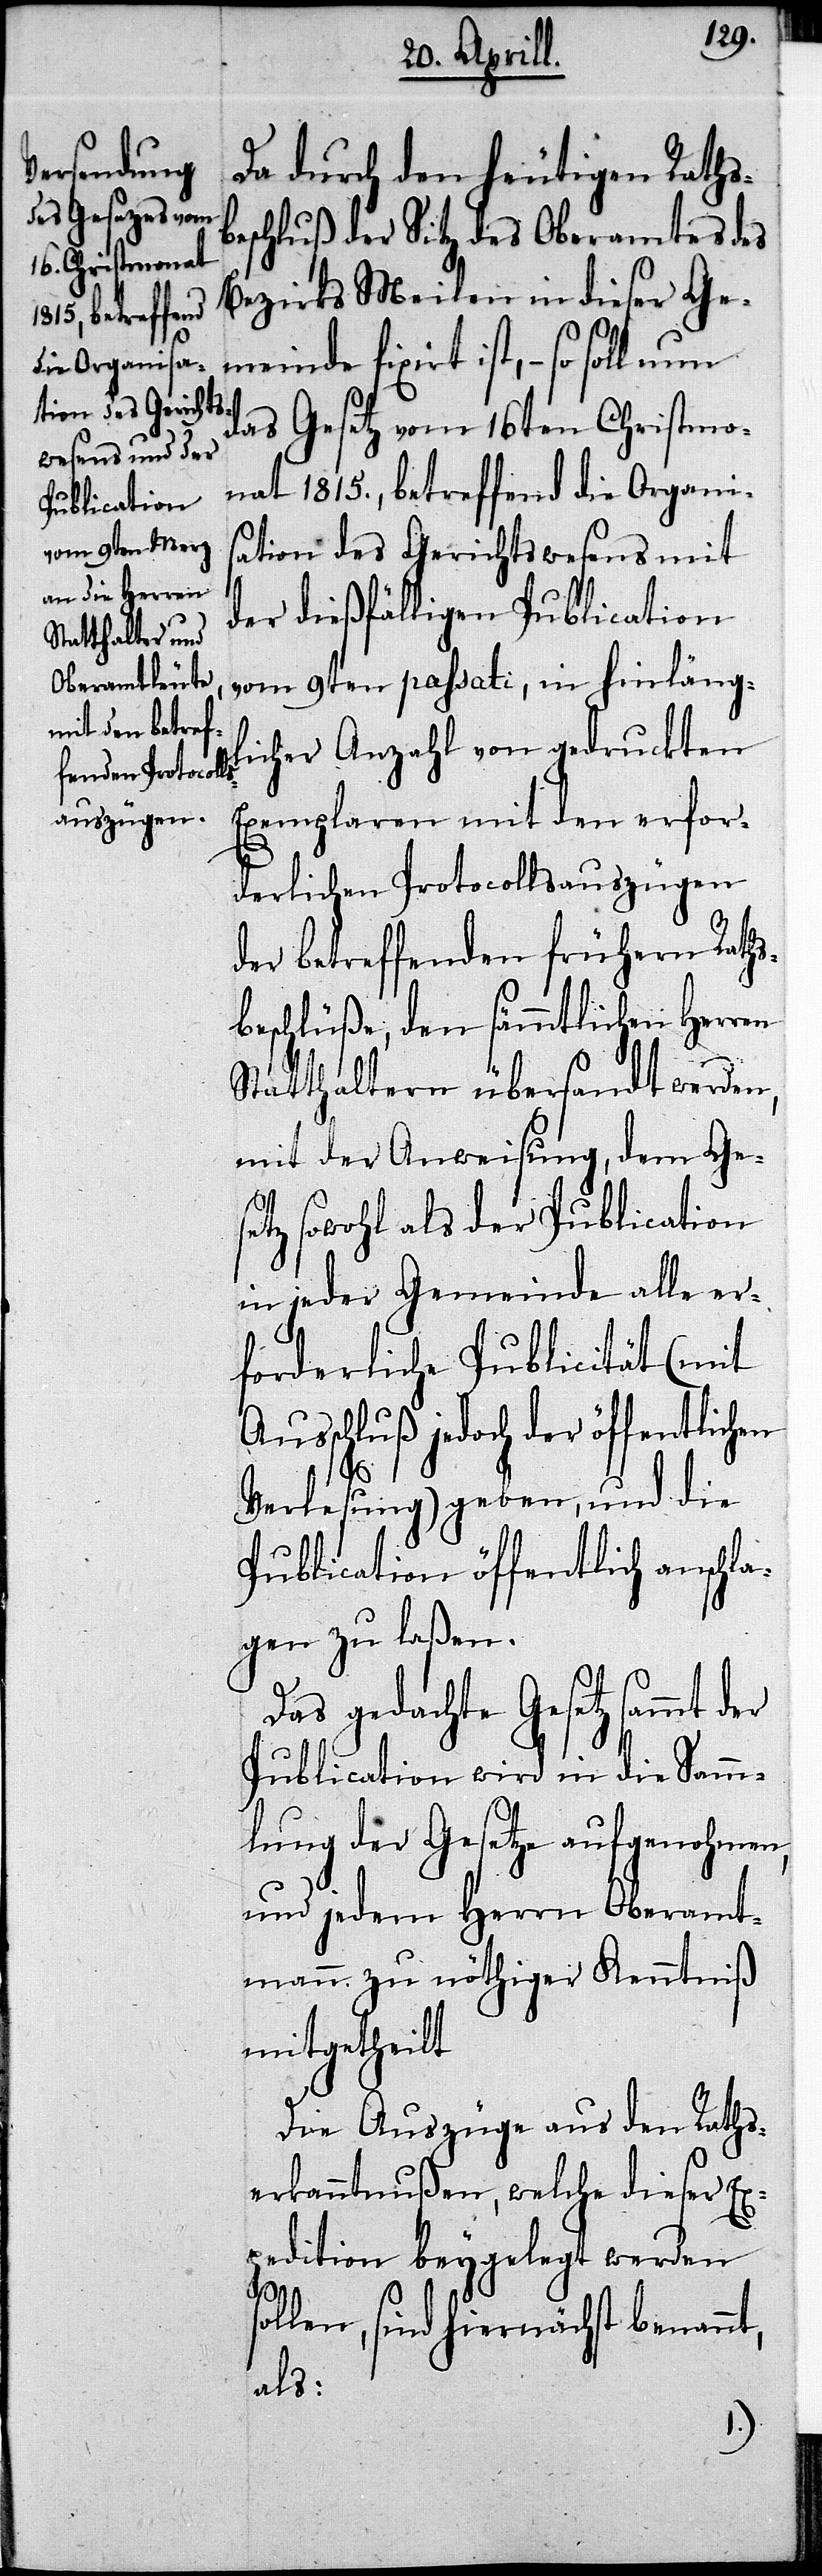
Da durch den heutigen Rathsb¬
eschluß der Sitz des Oberamtes des
Bezirks Meilen in dieser Ge¬
meinde fixiert ist,– so soll
das Gesetz vom 16ten Christmo¬
nat 1815., betreffend die Organi¬
sation des Gerichtswesens mit
der dießfälligen Publication
vom 9ten passati, in hinläng¬
licher Anzahl von gedruckten
Exemplaren mit den erfor¬
derlichen Protocollsauszügen
der betreffenden frühern Raths¬
beschlüße, den sämmtlichen Herren
Statthaltern übersandt werden,
mit der Anweisung, dem Ges¬
etz sowohl als der Publication
in jeder Gemeinde alle er¬
forderliche Publicität (mit
Ausschluß jedoch der öffentlichen
so¬
Verlesung) geben, und die
Publication öffentlich anschla¬
gen zu laßen.
Das gedachte Gesetz sammt
Publication wird in die Samm¬
lung der Gesetze aufgenohmen,
und jedem Herrn Oberamt¬
mann zu nöthiger Kenntniß
mitgetheilt.
Die Auszüge aus den Raths¬
erkanntnußen, welche dieser Ex¬
pedition beygelegt werden
llen, sind hiernächst benannt,
als: